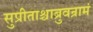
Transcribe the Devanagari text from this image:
सुप्रीताश्चाब्रुवन्रामं